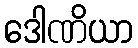
ဒေါဏိယာ